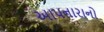
આપનારાનો